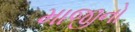
માજીનો